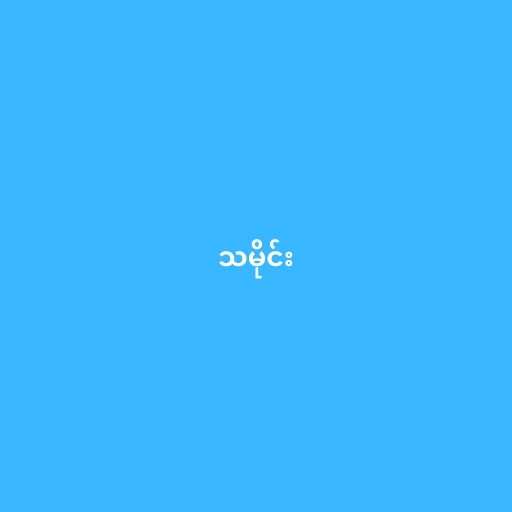
သမိုင်း